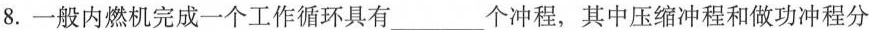
8.一般内燃机完成一个工作循环具有___个冲程，其中压缩冲程和做功冲程分